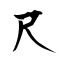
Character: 尺